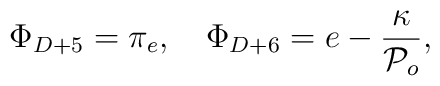
\Phi_{D+5}=\pi_e,\quad\Phi_{D+6}=e-\frac{\kappa}{{\cal P}_o},